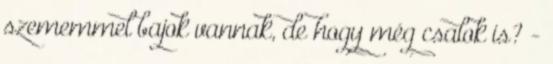
szememmel bajok vannak, de hogy még csalok is? -